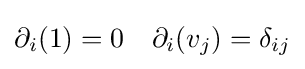
\partial _{i}(1)=0\quad \partial _{i}(v_{j})=\delta _{ij}